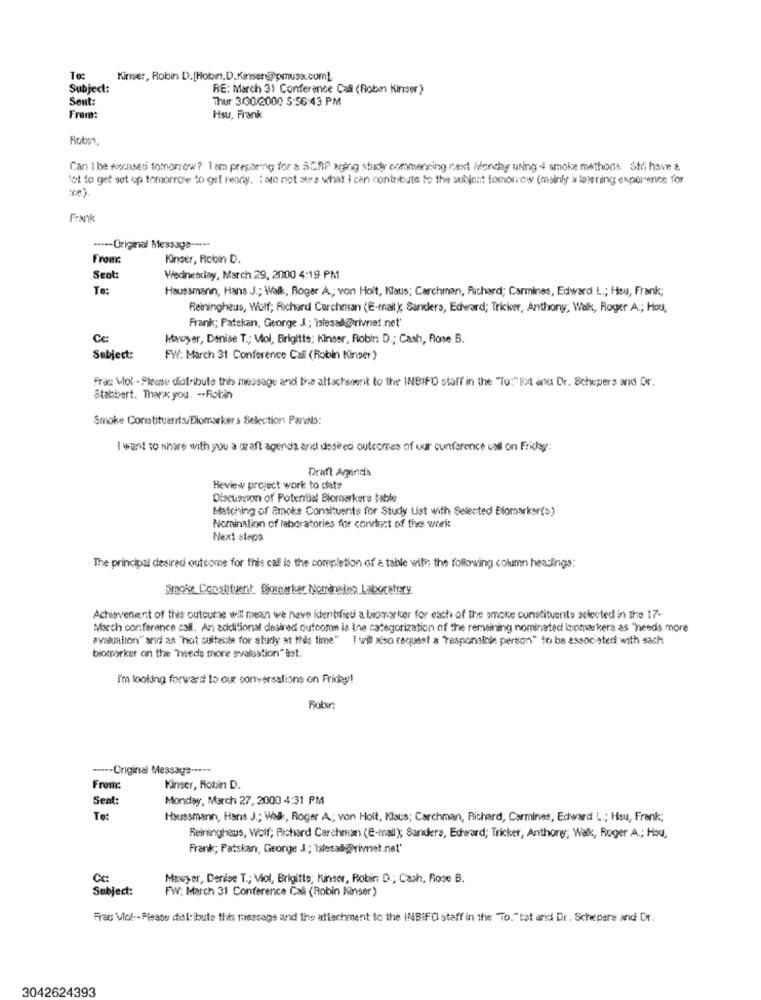
To:
Kinser, Robin D.[Hoon.D.Kinser@prusa.com).
Subject:
RE: March 31 Conference Call (Roben Kirser )
Sent:
Thur 3/00/2000 5:56:43 PM
Frem:
Hsu, Frank
Can I be tocasedi tomorrow? i am preparing for a SCAP aring stady commencing next Monday using 4 smoke methods. Stri have &
ot to get set up tomorrow to get ready. I am not sure what I can contribute to the subject tomorrow (mainly a lasting experience for
Frank
---- Üriginal Message --...
From
Kinser, Robin D.
Sent:
Wednesday, March 29, 2000 4:19 PM
Te:
Haussmann, Hans J .; Walk, Roger A .; von Holt, Klaus; Carchman, Richard; Carmines, Edward L .; Hou, Frank;
Reiningheus, Wulf; Richard Carchman (E-mail ); Sanders, Edward; Tricker, Anthony; Walk, Roger A .; Hou,
Frank; Patskan, George J .; Istesad@rivnet net'
Mawyer, Denise T .; Viol, Brigitte; Kinser, Robin D .; Cash, Rose B.
Subject:
FW: March 31 Conference Call (Robin Kinser)
Frag Viol . Please datribute this message and the attachsnerit to the INBIFO staff in the "To:" lat and Dr. Schepers and Dr.
Stabbert. Thanx you. -- Fiolin
Smoke ConstituentsBiomarkers Selections Parvals:
I want to share with you a craft agenda and unsired outcomes of our conference call on Friday:
Draft Agenda
Review project work to date
Discussion of Potential Biomarkere Bable
Matching of Smoke Constituents for Study List with Selected Biomarker(s)
Nomination of laboratories for conduct of the work
Next steps
The principal desired outcome for this cal le the completion of a table with the following column headings:
Smoke Constituent. Bjomarker Nominalna Laboratory
Achievenent of this outcume will mean we have identified a biomarker for each of the amote constituents selected in the 17-
March conference call. An additional desired outcome la ine categorization of the remaining nominated ivomarkera as "needs more
avanzalion" and as "hot suitable for study at this time" I will also request a Temponaloin person" fo ba associated with sach
biomarker on the Tweede more evaluation" list.
I'm looking forward to our conversations on Friday !!
Robir:
....- Original Message -----
From:
Kinser, Robin D.
Sent:
Monday, March 27, 2000 4:31 PM
Haussmann, Hans J .; Walk, Roger A .; von Holt, Klaus; Carchman, Richard; Carmines, Edward L .; Hsu, Frank;
Remninghaus, Wolf; Richard Carchman (E-mail); Sanders, Edward; Tricker, Anthony, Walk, Roger A .; Hou,
Frank; Patskan, George J .; Tslesad@rivnet.net'
Cc:
Mawyer, Denise T .; Viol, Brigitte; Kinser, Robin D .; Cash, Fiose B.
Subject:
FW: March 31 Conference Call (Robin Kinser)
Fras Vice -. Please distribute this message and the attachment to the IMBIFO staff in the "To."tat and Dr. Schepers and Dr.
3042624393